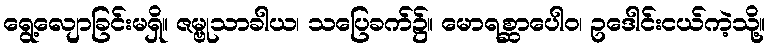
ရွေ့လျောခြင်းမရှိ။ ဇမ္ဗုသာခါယ၊ သပြေခက်၌။ မောရစ္ဆာပေါဝ၊ ဥဒေါင်းငယ်ကဲ့သို့။